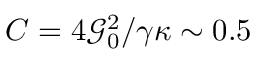
C = 4 \mathcal { G } _ { 0 } ^ { 2 } / \gamma \kappa \sim 0 . 5